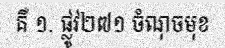
គឺ ១. ផ្លូវ២៧១ ចំណុចមុខ